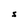
Character: S